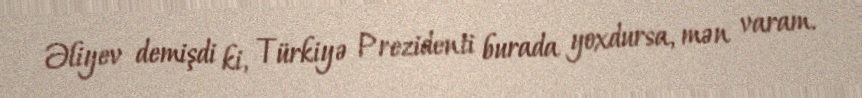
Əliyev demişdi ki, Türkiyə Prezidenti burada yoxdursa, mən varam.